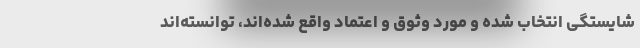
شایستگی انتخاب شده و مورد وثوق و اعتماد واقع شده‌اند، توانسته‌اند